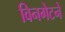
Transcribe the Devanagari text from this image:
विनगेटने